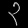
Digit: ၃